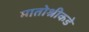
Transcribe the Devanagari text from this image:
मातोश्रीकडे